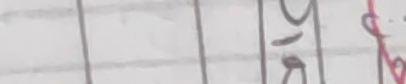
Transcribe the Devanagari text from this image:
७-ठ